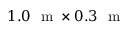
1 . 0 ~ \mathrm { ~ m ~ } \times 0 . 3 ~ \mathrm { ~ m ~ }